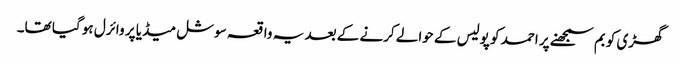
گھڑی کو بم سمجھنے پر احمد کو پولیس کے حوالے کرنے کے بعد یہ واقعہ سوشل میڈیا پر وائرل ہو گیا تھا۔